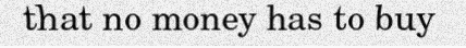
that no money has to buy